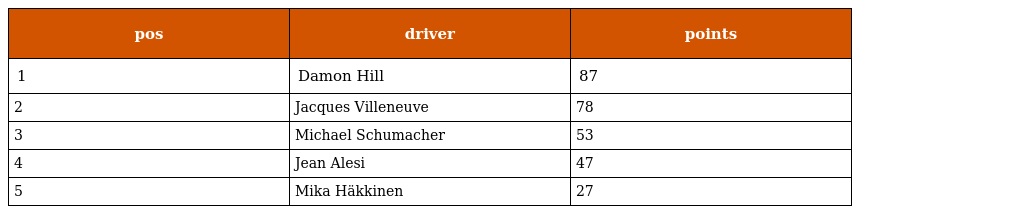
| pos | driver | points |
 | --- | --- | --- |
 | 1 | Damon Hill | 87 |
 | 2 | Jacques Villeneuve | 78 |
 | 3 | Michael Schumacher | 53 |
 | 4 | Jean Alesi | 47 |
 | 5 | Mika Häkkinen | 27 |